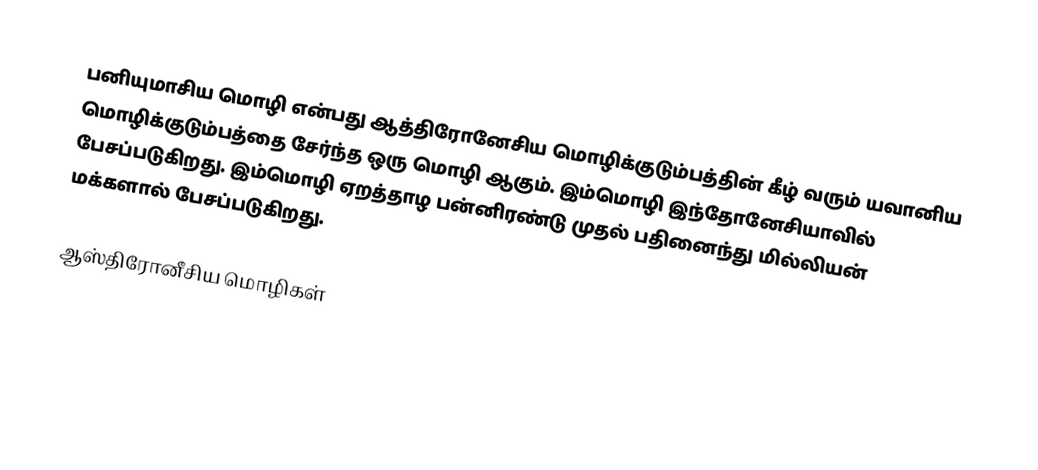
பனியுமாசிய மொழி என்பது ஆத்திரோனேசிய மொழிக்குடும்பத்தின் கீழ் வரும் யவானிய மொழிக்குடும்பத்தை சேர்ந்த ஒரு மொழி ஆகும். இம்மொழி இந்தோனேசியாவில் பேசப்படுகிறது. இம்மொழி ஏறத்தாழ பன்னிரண்டு முதல் பதினைந்து மில்லியன் மக்களால் பேசப்படுகிறது.

ஆஸ்திரோனீசிய மொழிகள்